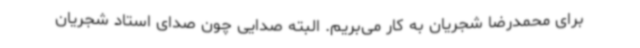
برای محمدرضا شجریان به کار می‌بریم. البته صدایی چون صدای استاد شجریان